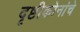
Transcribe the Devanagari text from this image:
दृष्टीकोनांचे